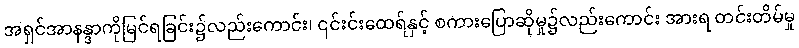
အရှင်အာနန္ဒာကိုမြင်ရခြင်း၌လည်းကောင်း၊ ၎င်းင်းထေရ်နှင့် စကားပြောဆိုမှု၌လည်းကောင်း အားရ တင်းတိမ်မှု